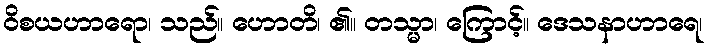
ဝိစယဟာရော၊ သည်။ ဟောတိ၊ ၏။ တသ္မာ၊ ကြောင့်။ ဒေသနာဟာရေ၊